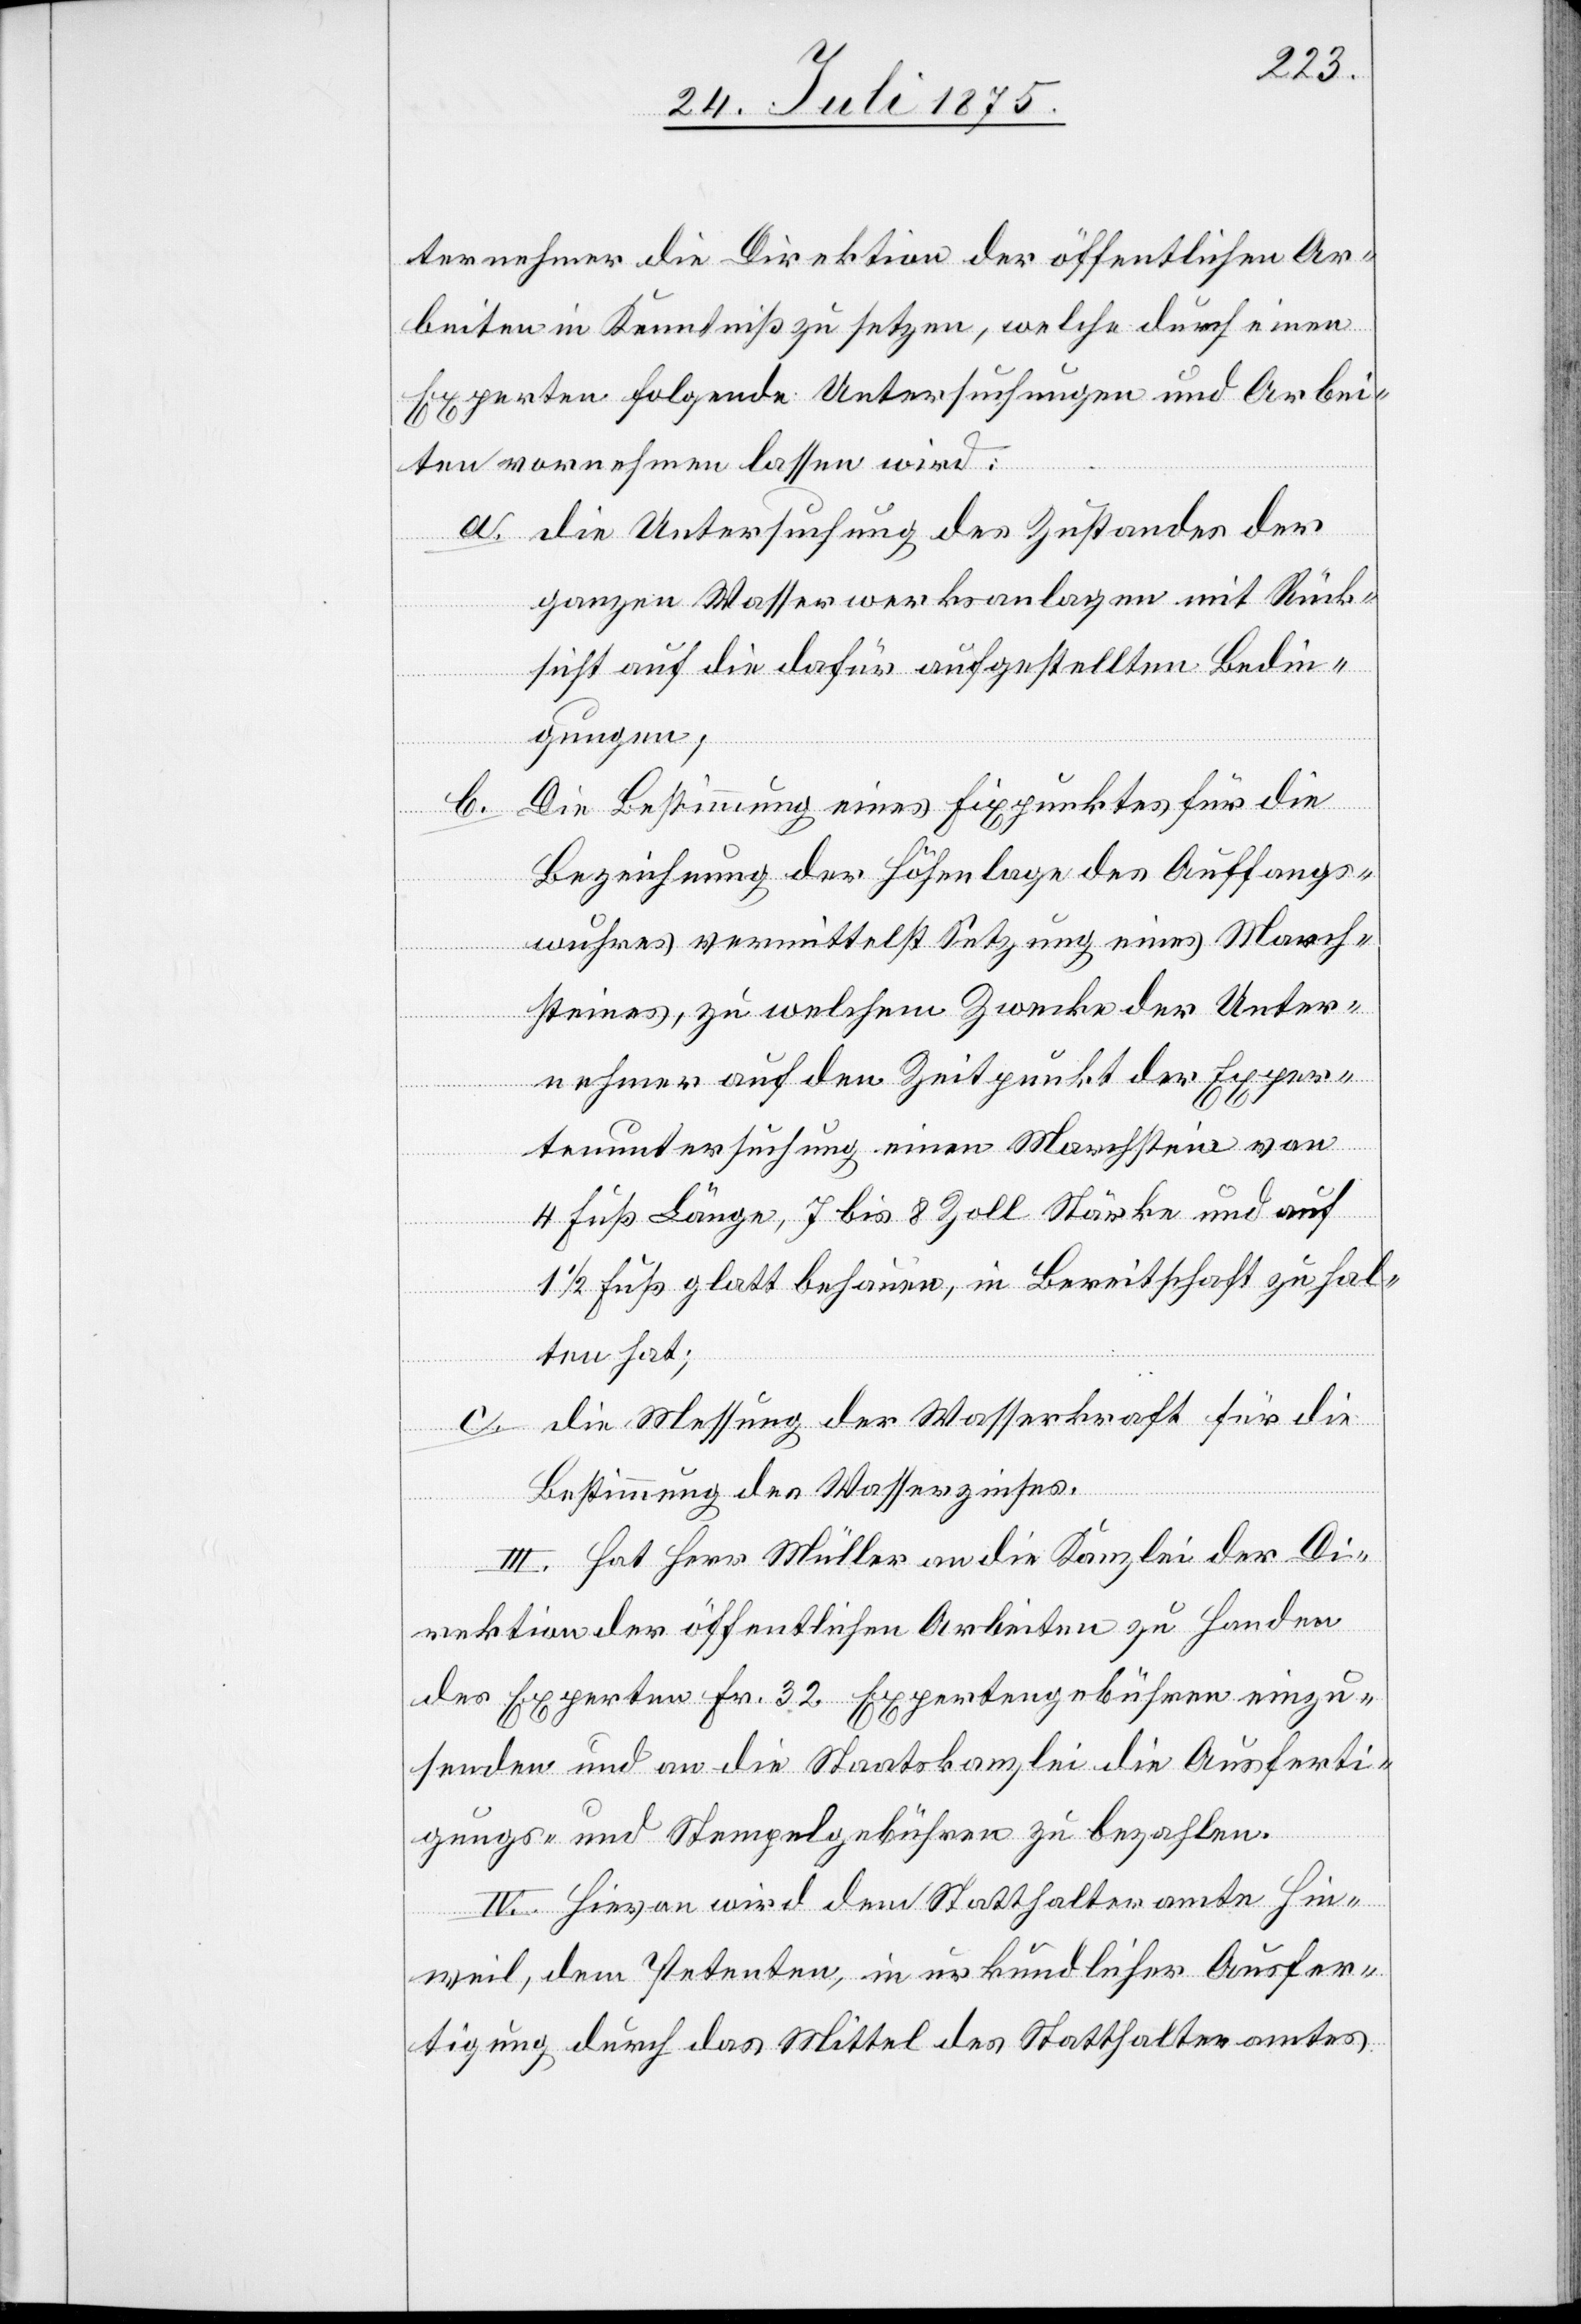
ternehmer die Direktion der öffentlichen Ar¬
beiten in Kenntniß zu setzen, welche durch einen
Experten folgende Untersuchungen und Arbei¬
ten vornehmen lassen wird:
a. die Untersuchung des Zustandes der
ganzen Wasserwerksanlagen mit Rück¬
sicht auf die dafür aufgestellten Bedin¬
gungen;
b.
Die Bestimmung eines Fixpunktes für die
Bezeichnung der Höhenlage des Auffangs¬
wuhres vermittelst Setzung eines March¬
steines, zu welchem Zwecke der Unter¬
nehmer auf den Zeitpunkt der Exper¬
tenuntersuchung einen Marchstein von
4 Fuß Länge, 7 bis 8 Zoll Stärke und auf
1/2 Fuß glatt behauen, in Bereitschaft zu hal¬
ten hat;
c. die Messung der Wasserkraft für die
Bestimmung des Wasserzinses.
III. Hat Herr Müller an die Kanzlei der Di¬
rektion der öffentlichen Arbeiten zu Handen
des Experten Fr. 32 Expertengebühren einzu¬
senden und an die Staatskanzlei die Ausferti¬
gungs- und Stempelgebühren zu bezahlen.
IV. Hievon wird dem Statthalteramte Hin¬
weil, dem Petenten in urkundlicher Ausfer¬
tigung durch das Mittel des Statthalteramtes